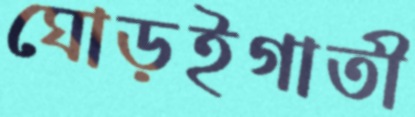
ঘোড়ইগাতী